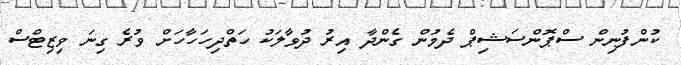
ކުންފުނިން ސްޕޮންސަޝިޕް ދެމުން ގެންދާ އިރު ދުވާލަކު ހަތްދިހަހާހަށް ވުރެ ގިނަ ވިޒިޓްސް